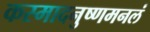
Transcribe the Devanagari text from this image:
कस्मादनुष्णमनलं